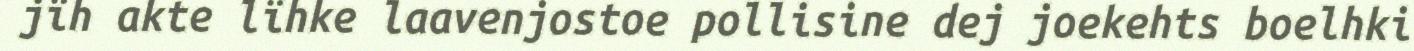
jïh akte lïhke laavenjostoe pollisine dej joekehts boelhki